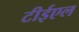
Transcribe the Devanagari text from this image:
टीईएल